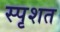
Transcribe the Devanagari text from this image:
स्पृशत